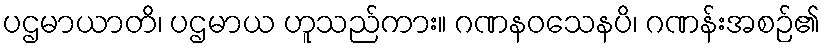
ပဌမာယာတိ၊ ပဌမာယ ဟူသည်ကား။ ဂဏနဝသေနပိ၊ ဂဏန်းအစဉ်၏